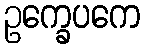
ဥက္ခေပကေ